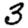
Digit: 3